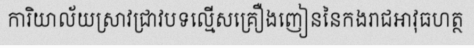
ការិយាល័យស្រាវជ្រាវបទល្មើសគ្រឿងញៀននៃកងរាជអាវុធហត្ថ